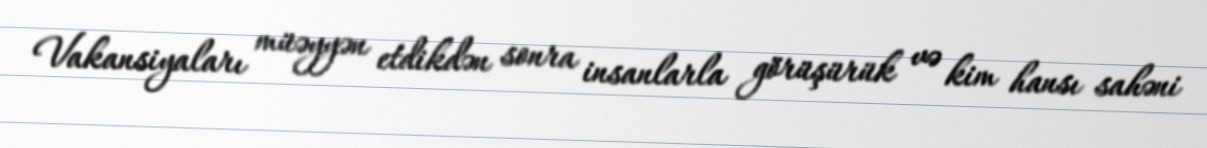
Vakansiyaları müəyyən etdikdən sonra insanlarla görüşürük və kim hansı sahəni